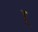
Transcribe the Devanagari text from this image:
र्‍ाृ